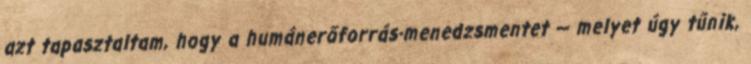
azt tapasztaltam, hogy a humánerőforrás-menedzsmentet — melyet úgy tűnik,